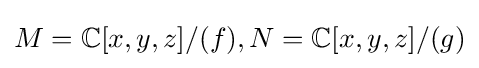
M=\mathbb {C} [x,y,z]/(f),N=\mathbb {C} [x,y,z]/(g)